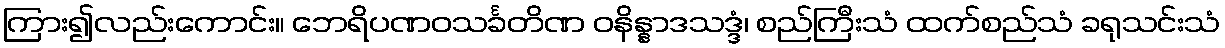
ကြား၍လည်းကောင်း။ ဘေရိပဏဝသင်္ခတိဏ ဝနိန္နာဒသဒ္ဒံ၊ စည်ကြီးသံ ထက်စည်သံ ခရုသင်းသံ